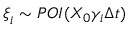
\boldsymbol { \xi } _ { i } \sim \mathop { P O I } ( X _ { 0 } \gamma _ { i } \Delta t )